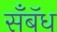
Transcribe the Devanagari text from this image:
सॅँबॅध